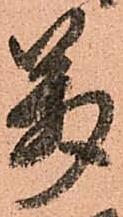
萬